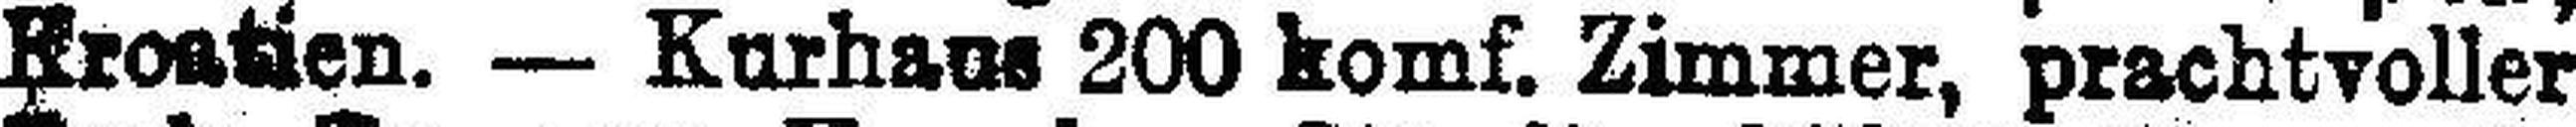
Kroatien. — Kurhaus 200 komf. Zimmer, prachtvoller